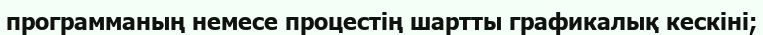
программаның немесе процестің шартты графикалық кескіні;